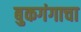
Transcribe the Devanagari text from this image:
बुकगंगाचा